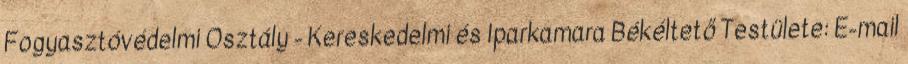
Fogyasztóvédelmi Osztály - Kereskedelmi és Iparkamara Békéltető Testülete: E-mail